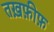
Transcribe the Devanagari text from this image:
तख़फ़ीफ़